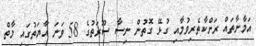
އަމާނާތައް ރަށްކާތެރިވުމާއި ގުޅޭ ގޮތުން ނިސާ ސޫރަތުގެ 58 ވަނަ އާޔަތުގައި މާތް